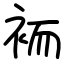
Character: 袻